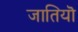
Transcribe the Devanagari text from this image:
जातियॊ